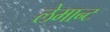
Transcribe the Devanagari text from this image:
लेमान्ट